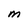
Character: M